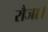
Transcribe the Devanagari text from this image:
रौजा।